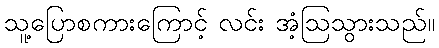
သူ့ပြောစကားကြောင့် လင်း အံ့ဩသွားသည်။